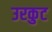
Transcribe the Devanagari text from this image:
उरकुट